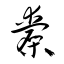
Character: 橐